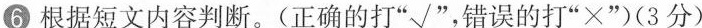
⑥根据短文内容判断。(正确的打”√”，错误的打”×”)(3分)